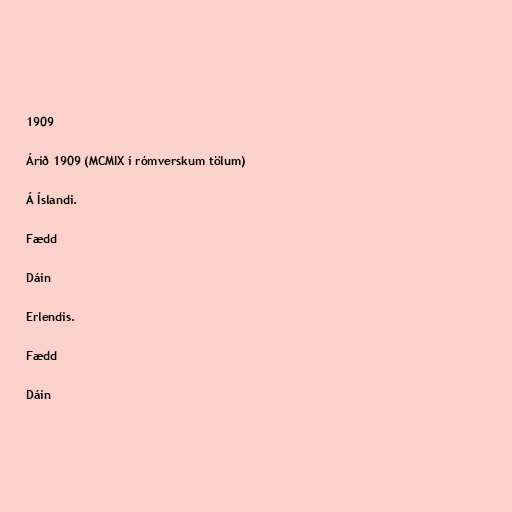
1909

Árið 1909 (MCMIX í rómverskum tölum)

Á Íslandi.

Fædd

Dáin

Erlendis.

Fædd

Dáin